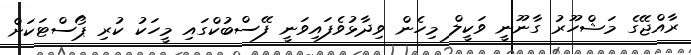
ރާއްޖޭގެ މަޝްހޫރު ގާނޫނީ ވަކީލް މިހެން ވިދާޅުވެފައިވަނީ ފޭސްބުކްގައި މީހަކު ކުރި ޕޯސްޓަކަށް